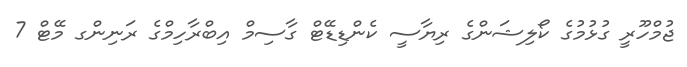
ޖުމްހޫރީ ގުޅުމުގެ ކޯލިޝަންގެ ރިޔާސީ ކެންޑިޑޭޓް ގާސިމް އިބްރާހިމްގެ ރަނިންގ މޭޓް 7